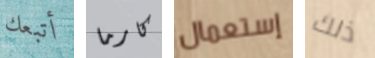
أتبعك كارما إستعمال ذلك